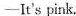
—It's pink.